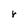
Character: r